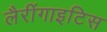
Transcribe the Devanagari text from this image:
लैरींगाइटिस